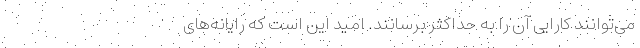
می‌توانند کارایی آن را به حداکثر برسانند. امید این است که رایانه‌های